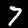
Label: 7